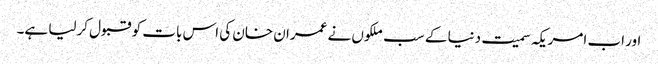
اور اب امریکہ سمیت دنیا کے سب ملکوں نے عمران خان کی اس بات کو قبول کرلیا ہے۔